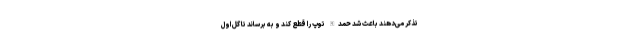
تذکر می‌دهند باعث شد حمدالله توپ را قطع کند و به برساند تا گل اول